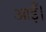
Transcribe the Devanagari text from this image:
आईँ।